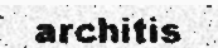
architis